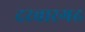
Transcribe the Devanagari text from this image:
दरबारगढ